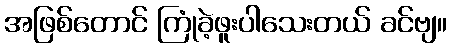
အဖြစ်တောင် ကြုံခဲ့ဖူးပါသေးတယ် ခင်ဗျ။